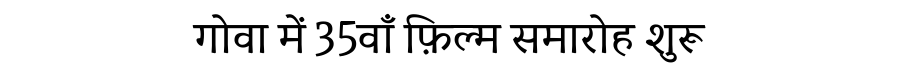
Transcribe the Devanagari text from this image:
गोवा में 35वाँ फ़िल्म समारोह शुरू